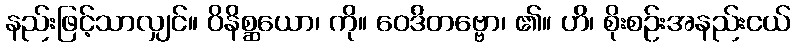
နည်းဖြင့်သာလျှင်။ ဝိနိစ္ဆယော၊ ကို။ ဝေဒိတဗ္ဗော၊ ၏။ ဟိ၊ စိုးစဉ်းအနည်းငယ်